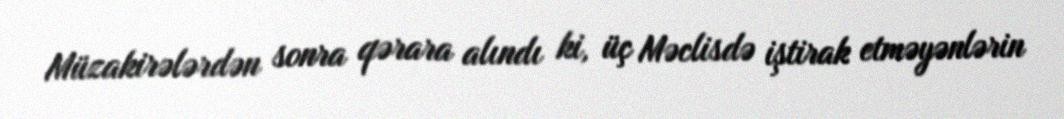
Müzakirələrdən sonra qərara alındı ki, üç Məclisdə iştirak etməyənlərin